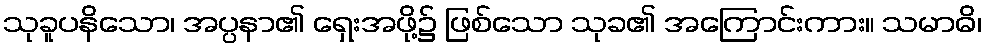
သုခူပနိသော၊ အပ္ပနာ၏ ရှေးအဖို့၌ ဖြစ်သော သုခ၏ အကြောင်းကား။ သမာဓိ၊